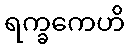
ရက္ခကေဟိ